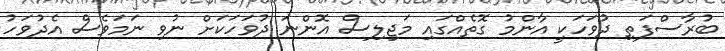
ބުރާސްފަތި ދުވަހަކީ އާންމު ގޮތެއްގައި މަޖިލިސް އޮންނަ ދުވަހަކަށް ނުވި ނަމަވެސް އެދުވަހު